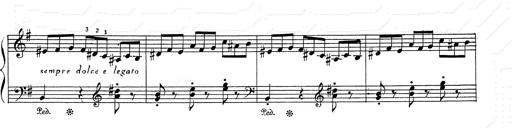
Title: 6 Polish Songs
Composer: Franz Liszt